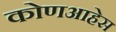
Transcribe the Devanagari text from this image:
कोणआहेस